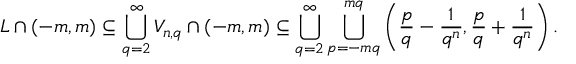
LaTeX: L \cap ( - m , m ) \subseteq \bigcup _ { q = 2 } ^ { \infty } V _ { n , q } \cap ( - m , m ) \subseteq \bigcup _ { q = 2 } ^ { \infty } \bigcup _ { p = - m q } ^ { m q } \left( { \frac { p } { q } } - { \frac { 1 } { q ^ { n } } } , { \frac { p } { q } } + { \frac { 1 } { q ^ { n } } } \right) .